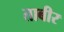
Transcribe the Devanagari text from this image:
ताबीर